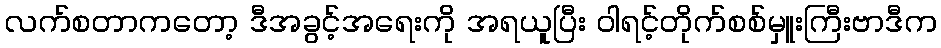
လက်စတာကတော့ ဒီအခွင့်အရေးကို အရယူပြီး ၀ါရင့်တိုက်စစ်မှူးကြီးဗာဒီက